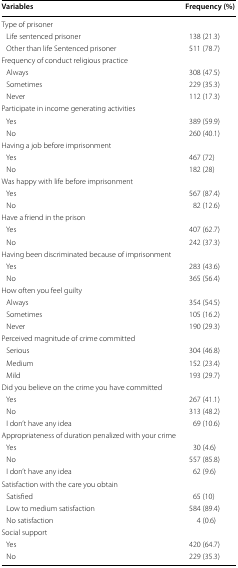
<table><thead><tr><td><b>Variables</b></td><td><b>Frequency (%)</b></td></tr></thead><tbody><tr><td>Type of prisoner</td><td></td></tr><tr><td> Life sentenced prisoner</td><td>138 (21.3)</td></tr><tr><td> Other than life Sentenced prisoner</td><td>511 (78.7)</td></tr><tr><td>Frequency of conduct religious practice</td><td></td></tr><tr><td> Always</td><td>308 (47.5)</td></tr><tr><td> Sometimes</td><td>229 (35.3)</td></tr><tr><td> Never</td><td>112 (17.3)</td></tr><tr><td>Participate in income generating activities</td><td></td></tr><tr><td> Yes</td><td>389 (59.9)</td></tr><tr><td> No</td><td>260 (40.1)</td></tr><tr><td>Having a job before imprisonment</td><td></td></tr><tr><td> Yes</td><td>467 (72)</td></tr><tr><td> No</td><td>182 (28)</td></tr><tr><td>Was happy with life before imprisonment</td><td></td></tr><tr><td> Yes</td><td>567 (87.4)</td></tr><tr><td> No</td><td>82 (12.6)</td></tr><tr><td>Have a friend in the prison</td><td></td></tr><tr><td> Yes</td><td>407 (62.7)</td></tr><tr><td> No</td><td>242 (37.3)</td></tr><tr><td>Having been discriminated because of imprisonment</td><td></td></tr><tr><td> Yes</td><td>283 (43.6)</td></tr><tr><td> No</td><td>365 (56.4)</td></tr><tr><td>How often you feel guilty</td><td></td></tr><tr><td> Always</td><td>354 (54.5)</td></tr><tr><td> Sometimes</td><td>105 (16.2)</td></tr><tr><td> Never</td><td>190 (29.3)</td></tr><tr><td>Perceived magnitude of crime committed</td><td></td></tr><tr><td> Serious</td><td>304 (46.8)</td></tr><tr><td> Medium</td><td>152 (23.4)</td></tr><tr><td> Mild</td><td>193 (29.7)</td></tr><tr><td>Did you believe on the crime you have committed</td><td></td></tr><tr><td> Yes</td><td>267 (41.1)</td></tr><tr><td> No</td><td>313 (48.2)</td></tr><tr><td> I don’t have any idea</td><td>69 (10.6)</td></tr><tr><td>Appropriateness of duration penalized with your crime</td><td></td></tr><tr><td> Yes</td><td>30 (4.6)</td></tr><tr><td> No</td><td>557 (85.8)</td></tr><tr><td> I don’t have any idea</td><td>62 (9.6)</td></tr><tr><td>Satisfaction with the care you obtain</td><td></td></tr><tr><td> Satisfied</td><td>65 (10)</td></tr><tr><td> Low to medium satisfaction</td><td>584 (89.4)</td></tr><tr><td> No satisfaction</td><td>4 (0.6)</td></tr><tr><td>Social support</td><td></td></tr><tr><td> Yes</td><td>420 (64.7)</td></tr><tr><td> No</td><td>229 (35.3)</td></tr></tbody></table>